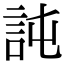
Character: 訰